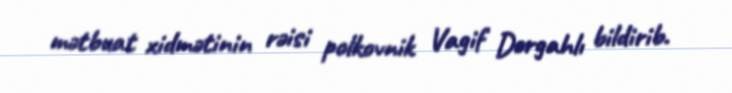
mətbuat xidmətinin rəisi polkovnik Vagif Dərgahlı bildirib.